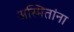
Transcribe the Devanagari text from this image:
अस्मितांना